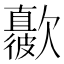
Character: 𣤳